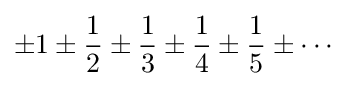
\pm 1\pm {\frac {1}{2}}\pm {\frac {1}{3}}\pm {\frac {1}{4}}\pm {\frac {1}{5}}\pm \cdots